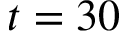
t = 3 0